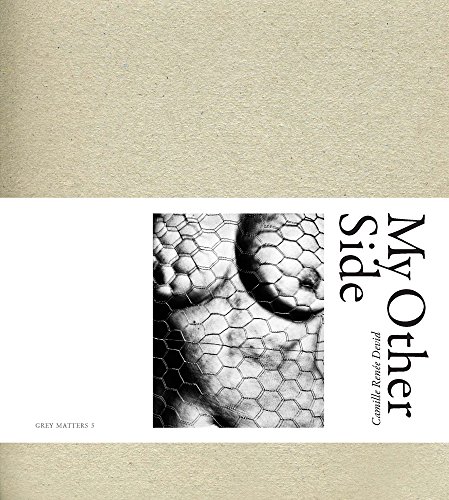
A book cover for My Other Side (Grey Matters); Arts & Photography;